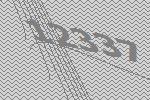
12337